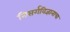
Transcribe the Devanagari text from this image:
निसर्गविज्ञानाचा